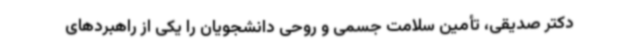
دکتر صدیقی، تأمین سلامت جسمی و روحی دانشجویان را یکی از راهبردهای